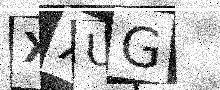
Text: XXUG